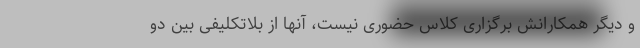
و دیگر همکارانش برگزاری کلاس حضوری نیست، آنها از بلاتکلیفی بین دو